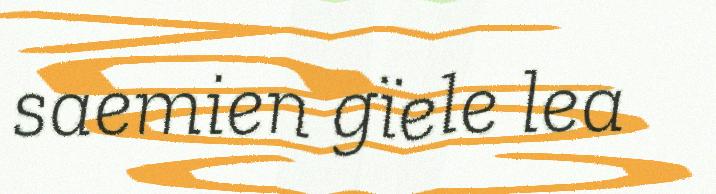
saemien gïele lea